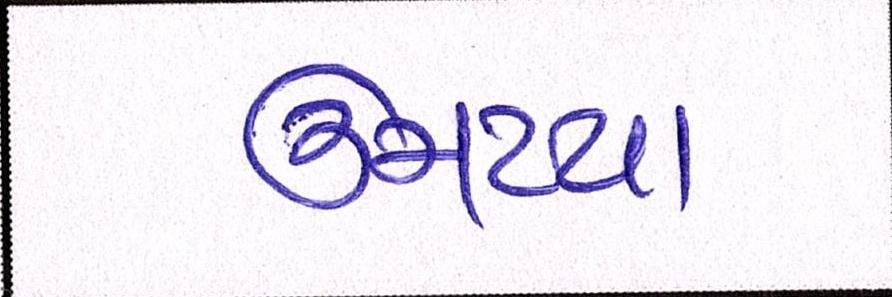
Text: ઉમટયા